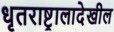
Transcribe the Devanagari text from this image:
धृतराष्ट्रालादेखील